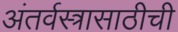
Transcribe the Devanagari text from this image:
अंतर्वस्त्रासाठीची